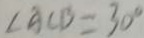
\angle A C B = 3 0 ^ { \circ }